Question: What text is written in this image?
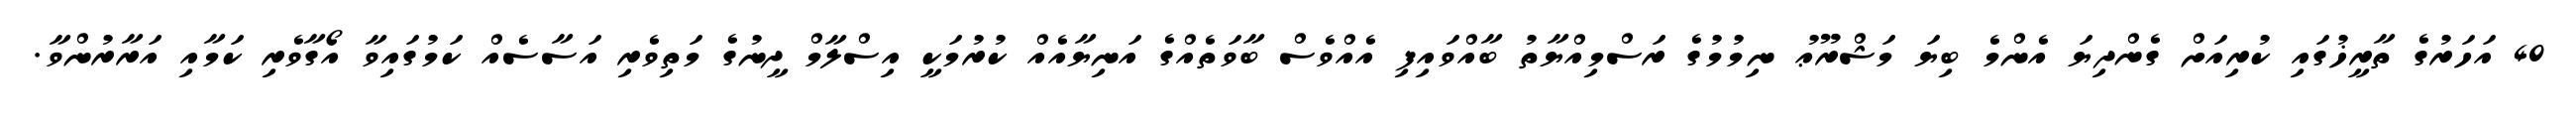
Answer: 40 އަހަރުގެ ތާރީޚުގައި ކުރިއަށް ގެންދިޔަ އެންމެ ބިޔަ މަޝްރޫޢު ނިމުމުގެ ރަސްމިއްޔާތު ބާއްވައިފި އެއްވެސް ބާވަތެއްގެ އަނިޔާއެއް ކުރުމަކީ އިސްލާމް ދީނުގެ މަތިވެރި އަސާސެއް ކަމުގައިވާ އޯގާވެރި ކަމާއި އަރާރުންވާ.